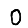
Digit: 0